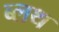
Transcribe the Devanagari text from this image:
ब्लथ